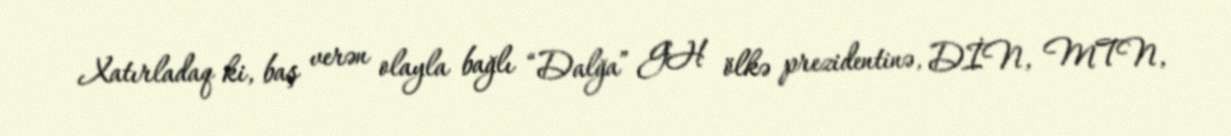
Xatırladaq ki, baş verən olayla bağlı “Dalğa” GH ölkə prezidentinə, DİN, MTN,